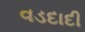
વડદાદી